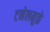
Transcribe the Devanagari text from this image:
टनेलमुळे